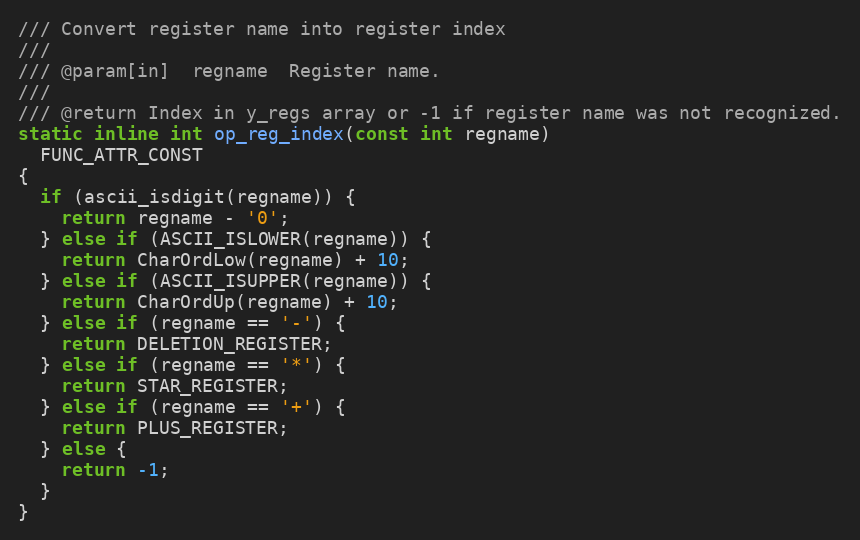
Language: C
/// Convert register name into register index
///
/// @param[in]  regname  Register name.
///
/// @return Index in y_regs array or -1 if register name was not recognized.
static inline int op_reg_index(const int regname)
  FUNC_ATTR_CONST
{
  if (ascii_isdigit(regname)) {
    return regname - '0';
  } else if (ASCII_ISLOWER(regname)) {
    return CharOrdLow(regname) + 10;
  } else if (ASCII_ISUPPER(regname)) {
    return CharOrdUp(regname) + 10;
  } else if (regname == '-') {
    return DELETION_REGISTER;
  } else if (regname == '*') {
    return STAR_REGISTER;
  } else if (regname == '+') {
    return PLUS_REGISTER;
  } else {
    return -1;
  }
}